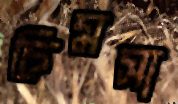
চিমসা